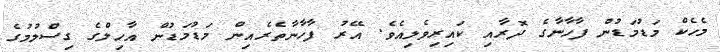
މެހެކް މަޑުމަޑުން ފާހާނާގެ ދޮރާއި ކައިރިވެލިއެވެ. އޭރު ފާހާނާތެރެއިން މަޑުމަޑުން އާހިލްގެ ގިސްލުމުގެ